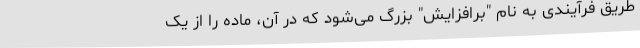
طریق فرآیندی به نام "برافزایش" بزرگ می‌شود که در آن، ماده را از یک